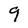
Character: 9